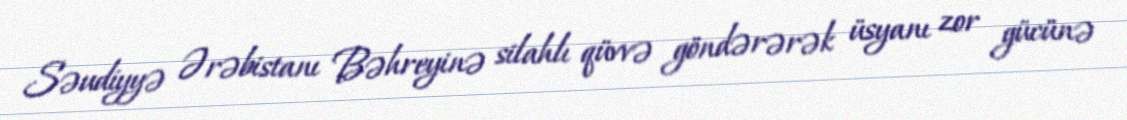
Səudiyyə Ərəbistanı Bəhreyinə silahlı qüvvə göndərərək üsyanı zor gücünə